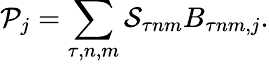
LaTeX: \mathcal{P}_{j}=\sum_{\tau,n,m}\mathcal{S}_{\tau nm}B_{\tau nm,j}.